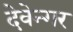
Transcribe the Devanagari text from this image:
देवेन्गर